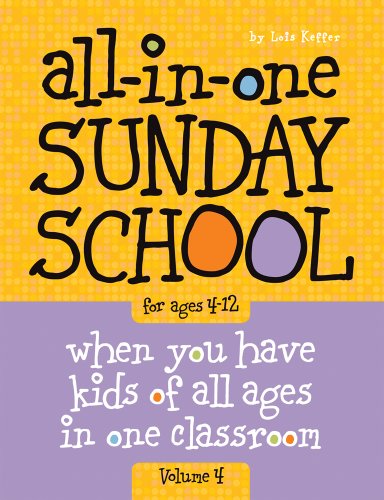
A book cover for All-in-One Sunday School Volume 4: When you have kids of all ages in one classroom; Lois Keffer; Christian Books & Bibles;